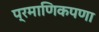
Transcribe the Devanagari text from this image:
प्रमाणिकपणा